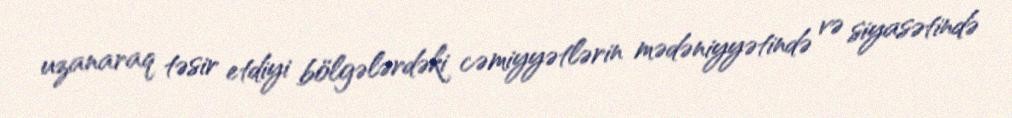
uzanaraq təsir etdiyi bölgələrdəki cəmiyyətlərin mədəniyyətində və siyasətində